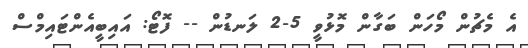
އެ މެޗުން މޯހަން ބަގާން މޮޅުވީ 5-2 ލަނޑުން -- ފޮޓޯ: އައިބީއެންޓައިމްސް